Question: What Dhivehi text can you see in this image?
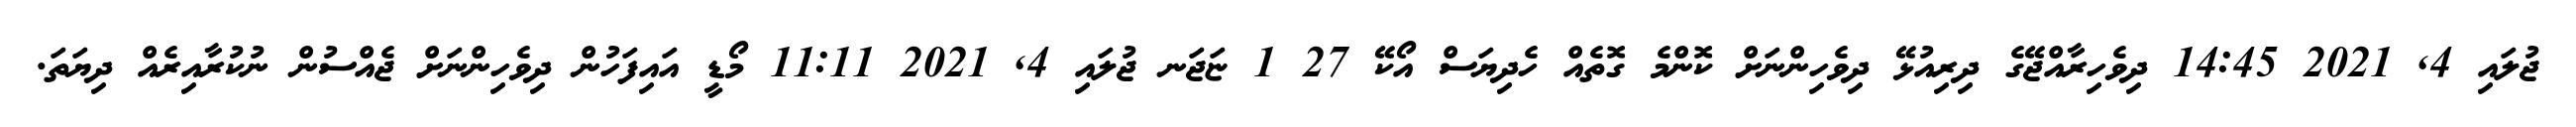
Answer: ޖުލައި 4, 2021 14:45 ދިވެހިރާއްޖޭގެ ދިރިއުޅޭ ދިވެހިންނަށް ކޮންމެ ގޮތެއް ހެދިޔަސް އޯކޭ 27 1 ޏަޖަނ ޖުލައި 4, 2021 11:11 މޯޑީ އައިފަހުން ދިވެހިންނަށް ޖެއްސުން ނުކުރާއިރެއް ދިޔަތަ.